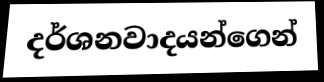
දර්ශනවාදයන්ගෙන්